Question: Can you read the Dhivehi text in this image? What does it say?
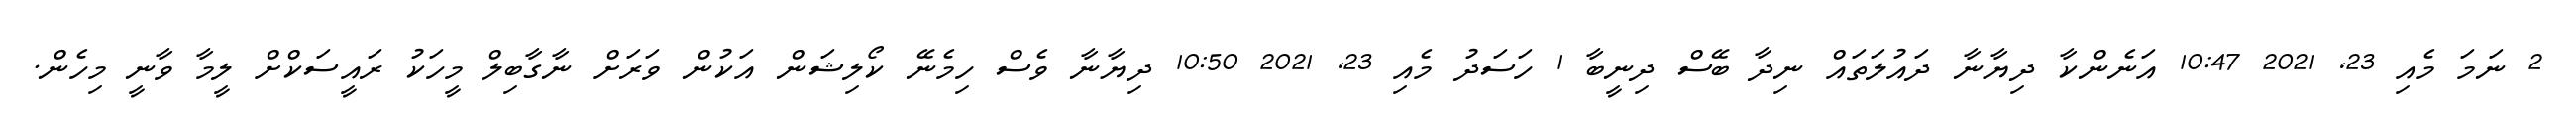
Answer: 2 ނަމަ މެއި 23, 2021 10:47 އަނެންކާ ދިޔާނާ ދައުލަތައް ނިދާ ބޭސް ދިނީބާ 1 ހަސަދު މެއި 23, 2021 10:50 ދިޔާނާ ވެސް ހިމެނޭ ކޯލިޝަން އަކުން ވަރަށް ނާގާބިލް މީހަކު ރައީސަކްށް ލީމާ ވާނީ މިހެން.